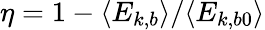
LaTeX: \eta=1-\langle E_{k,b}\rangle/\langle E_{k,b0}\rangle